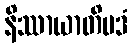
နိဿာယာတိပဒံ